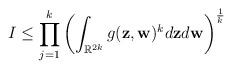
LaTeX: \begin{align*}I\leq\prod_{j=1}^k \left(\int_{\mathbb{R}^{2k}}g(\mathbf{z},\mathbf{w})^k d\mathbf{z} d\mathbf{w} \right)^\frac{1}{k}\end{align*}